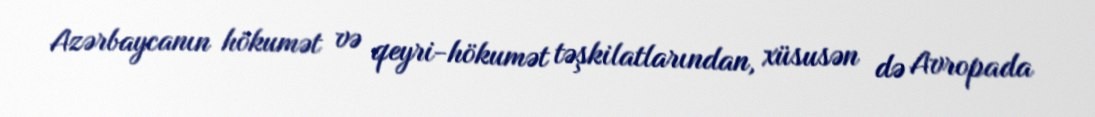
Azərbaycanın hökumət və qeyri-hökumət təşkilatlarından, xüsusən də Avropada